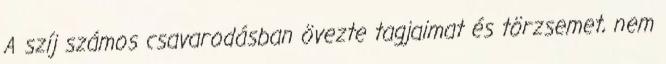
A szíj számos csavarodásban övezte tagjaimat és törzsemet, nem